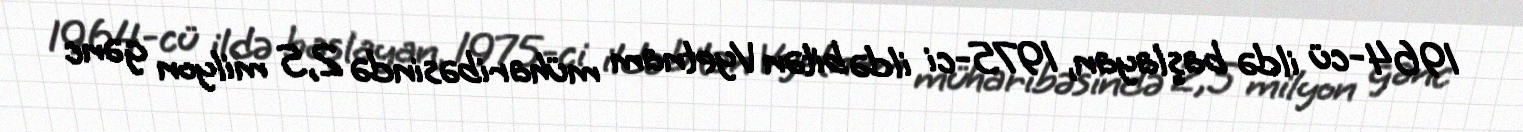
1964-cü ildə başlayan, 1975-ci ildə bitən Vyetnam müharibəsində 2,5 milyon gənc